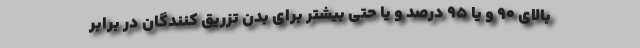
بالای 90 و یا 95 درصد و یا حتی بیشتر برای بدن تزریق کنندگان در برابر